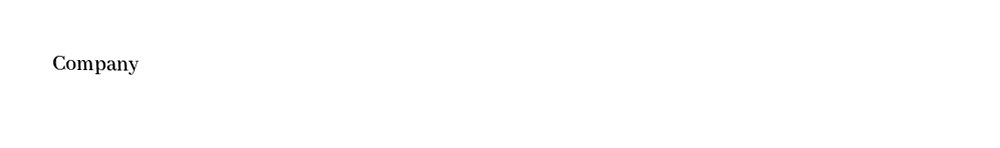
Company